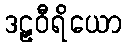
ဒဠှဝီရိယော